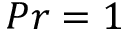
P r = 1